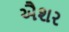
ઐશર